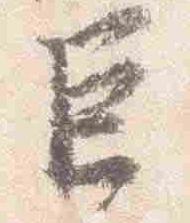
巨